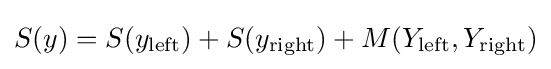
S(y)=S(y_{\mathrm {left} })+S(y_{\mathrm {right} })+M(Y_{\mathrm {left} },Y_{\mathrm {right} })